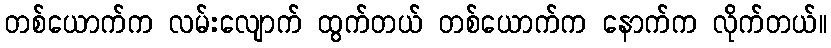
တစ်ယောက်က လမ်းလျောက် ထွက်တယ် တစ်ယောက်က နောက်က လိုက်တယ်။